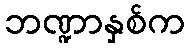
ဘဏ္ဍာနှစ်က